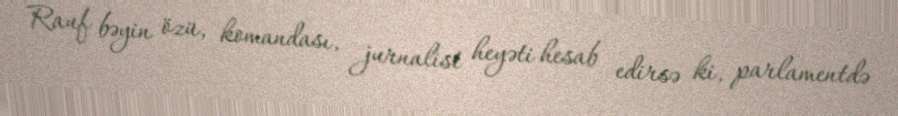
Rauf bəyin özü, komandası, jurnalist heyəti hesab edirsə ki, parlamentdə